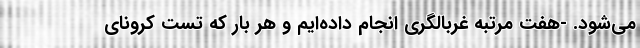
می‌شود. -هفت مرتبه غربالگری انجام داده‌ایم و هر بار که تست کرونای